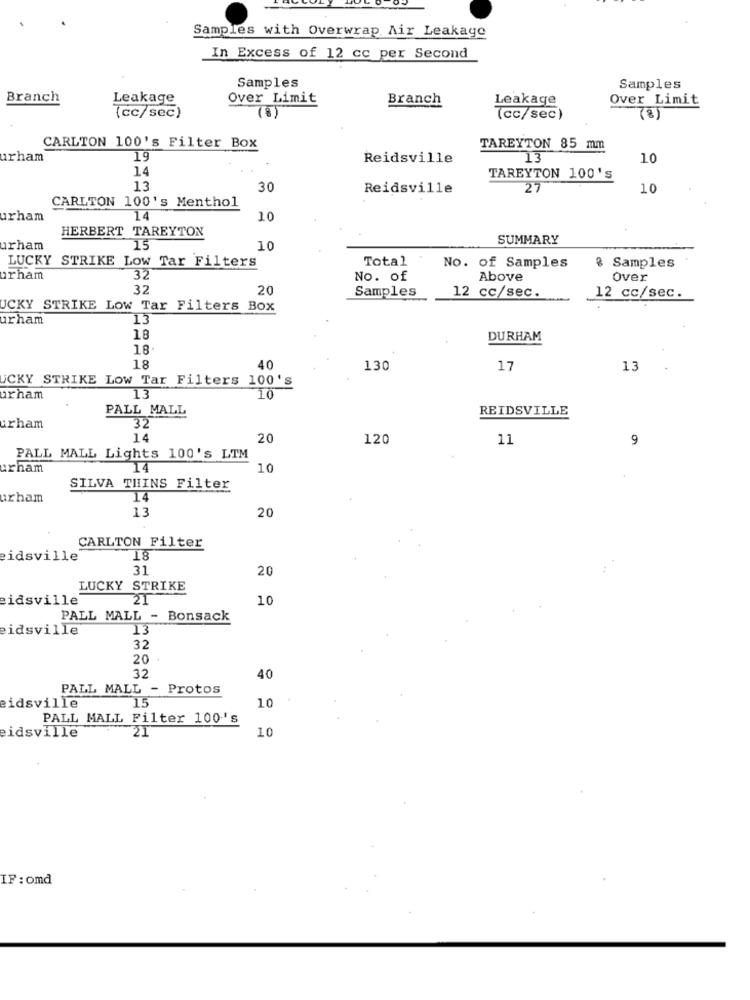
Samples with Overwrap Air Leakage
In Excess of 12 cc per Second
Samples
Samples
Branch
Leakage
Over Limit
Branch
Leakage
Over Limit
(8)
(cc/sec)
(cc/sec)
CARLTON 100's Filter Box
TAREYTON 85 mm
urham
19
Reidsville
13
10
14
TAREYTON 100's
13
30
Reidsville
27
10
CARLTON 100's Menthol
urham
14
10
HERBERT TAREYTON
SUMMARY
urham
15
10
LUCKY STRIKE Low Tar Filters
Total :
No. of Samples
& Samples
urham
32
No. of
Above
Over
32
20
Samples
12 cc/sec.
12 cc/sec.
UCKY STRIKE LOW Tar Filters Box
urham
13
18
DURHAM
18
18
40
130
17
13
UCKY STRIKE LOW Tar Filters 100's
orham
13
10
PALL MALL
REIDSVILLE
32
urham
14
20
120
11
9
PALL MALL Lights 100's LTM
urham
14
10
SILVA THINS Filter
urham
14
13
20
CARLTON Filter
eidsville
18
31
20
LUCKY STRIKE
eidsville
21
10
PALL MALL - Bonsack
idsville
13
32
20
32
40
PALL MALL - Protos
15
eidsville
10
PALL MALL Filter 100's
eidsville
21
10
IF: omd